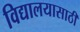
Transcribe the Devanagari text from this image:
विद्यालयासाठी